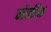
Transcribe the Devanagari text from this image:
नोर्वीक